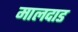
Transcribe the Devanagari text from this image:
मालदाड